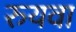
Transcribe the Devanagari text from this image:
रुयवा